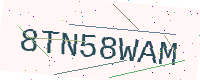
Text: 8TN58WAM